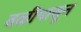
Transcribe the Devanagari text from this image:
बळीपासून